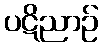
ပဋိညာဉ်